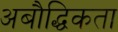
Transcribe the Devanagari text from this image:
अबौद्धिकता